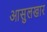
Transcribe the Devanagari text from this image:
आसुलखार